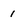
Character: 1